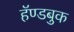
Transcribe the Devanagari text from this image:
हॅण्डबुक